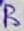
Text: B